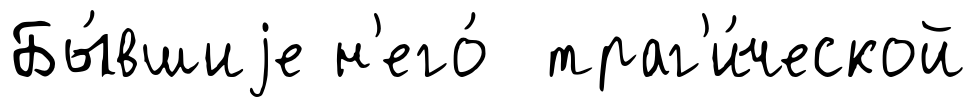
Бы́вшиjе н'его́ траг'и́ческой